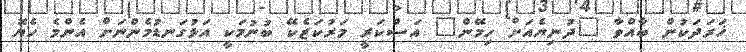
ޚަރަދަކުން ބާއްވާ "ދުނިޔެއަށް ހިމޭން" އަސްކަރީ މަރުކަޒެކޭ ބުނުމަކީ އަޅުގަނޑުމެންނަށް އެންމެ ހެޔޮ